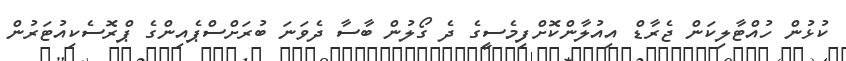
ކުޅުން ހުއްޓާލިކަން ޖެރާޑް އިއުލާންކޮށްފިމެސީގެ ދެ ގޯލުން ބާސާ ދެވަނަ ބުރަށްސްޕެއިންގެ ޕްރޮސެކިއުޓަރުން